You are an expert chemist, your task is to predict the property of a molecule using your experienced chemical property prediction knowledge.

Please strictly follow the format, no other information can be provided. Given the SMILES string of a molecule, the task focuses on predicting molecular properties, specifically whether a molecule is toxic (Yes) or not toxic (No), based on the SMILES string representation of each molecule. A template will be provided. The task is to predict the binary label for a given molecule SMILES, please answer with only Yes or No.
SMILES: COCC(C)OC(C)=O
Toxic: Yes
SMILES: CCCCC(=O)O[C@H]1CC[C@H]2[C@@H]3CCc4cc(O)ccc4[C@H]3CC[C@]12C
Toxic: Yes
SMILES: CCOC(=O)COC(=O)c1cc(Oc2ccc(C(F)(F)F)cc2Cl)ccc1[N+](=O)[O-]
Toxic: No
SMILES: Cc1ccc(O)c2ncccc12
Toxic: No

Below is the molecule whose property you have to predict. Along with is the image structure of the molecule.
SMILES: Cc1noc(NS(=O)(=O)c2ccc(N)cc2)c1C
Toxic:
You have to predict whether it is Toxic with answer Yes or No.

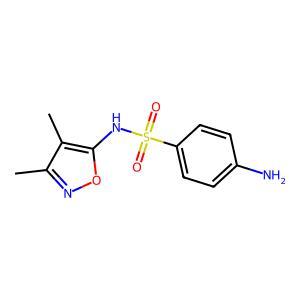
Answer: No